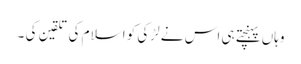
وہاں پہنچتے ہی اس نے لڑکی کو اسلام کی تلقین کی ۔